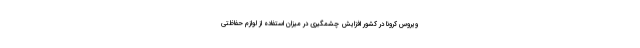
ویروس کرونا در کشور افزایش چشمگیری در میزان استفاده از لوازم حفاظتی